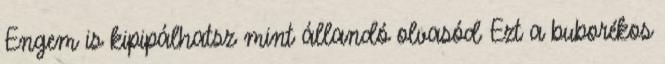
Engem is kipipálhatsz mint állandó olvasód Ezt a buborékos